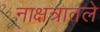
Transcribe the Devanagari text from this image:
नाक्षत्रातले